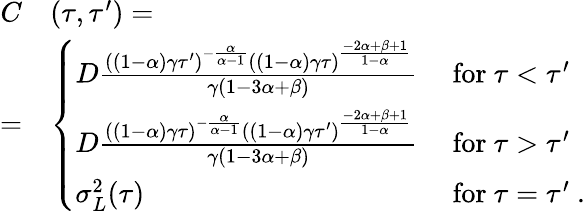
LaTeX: \begin{array}{rl}{C}&{(\tau,\tau^{\prime})=}\\ {=}&{\left\{ \begin{array}{ll}{D\frac{((1-\alpha)\gamma\tau^{\prime})^{-\frac{\alpha}{\alpha-1}}((1-\alpha)\gamma\tau)^{\frac{-2\alpha+\beta+1}{1-\alpha}}}{\gamma(1-3\alpha+\beta)}}&{\ \mathrm{for}\ \tau<\tau^{\prime}}\\ {D\frac{((1-\alpha)\gamma\tau)^{-\frac{\alpha}{\alpha-1}}((1-\alpha)\gamma\tau^{\prime})^{\frac{-2\alpha+\beta+1}{1-\alpha}}}{\gamma(1-3\alpha+\beta)}}&{\ \mathrm{for}\ \tau>\tau^{\prime}}\\ {\sigma_{L}^{2}(\tau)}&{\ \mathrm{for}\ \tau=\tau^{\prime}\ .}\end{array}\right.}\end{array}